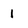
Character: 1